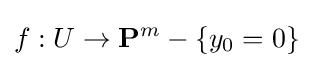
f:U\to \mathbf {P} ^{m}-\{y_{0}=0\}